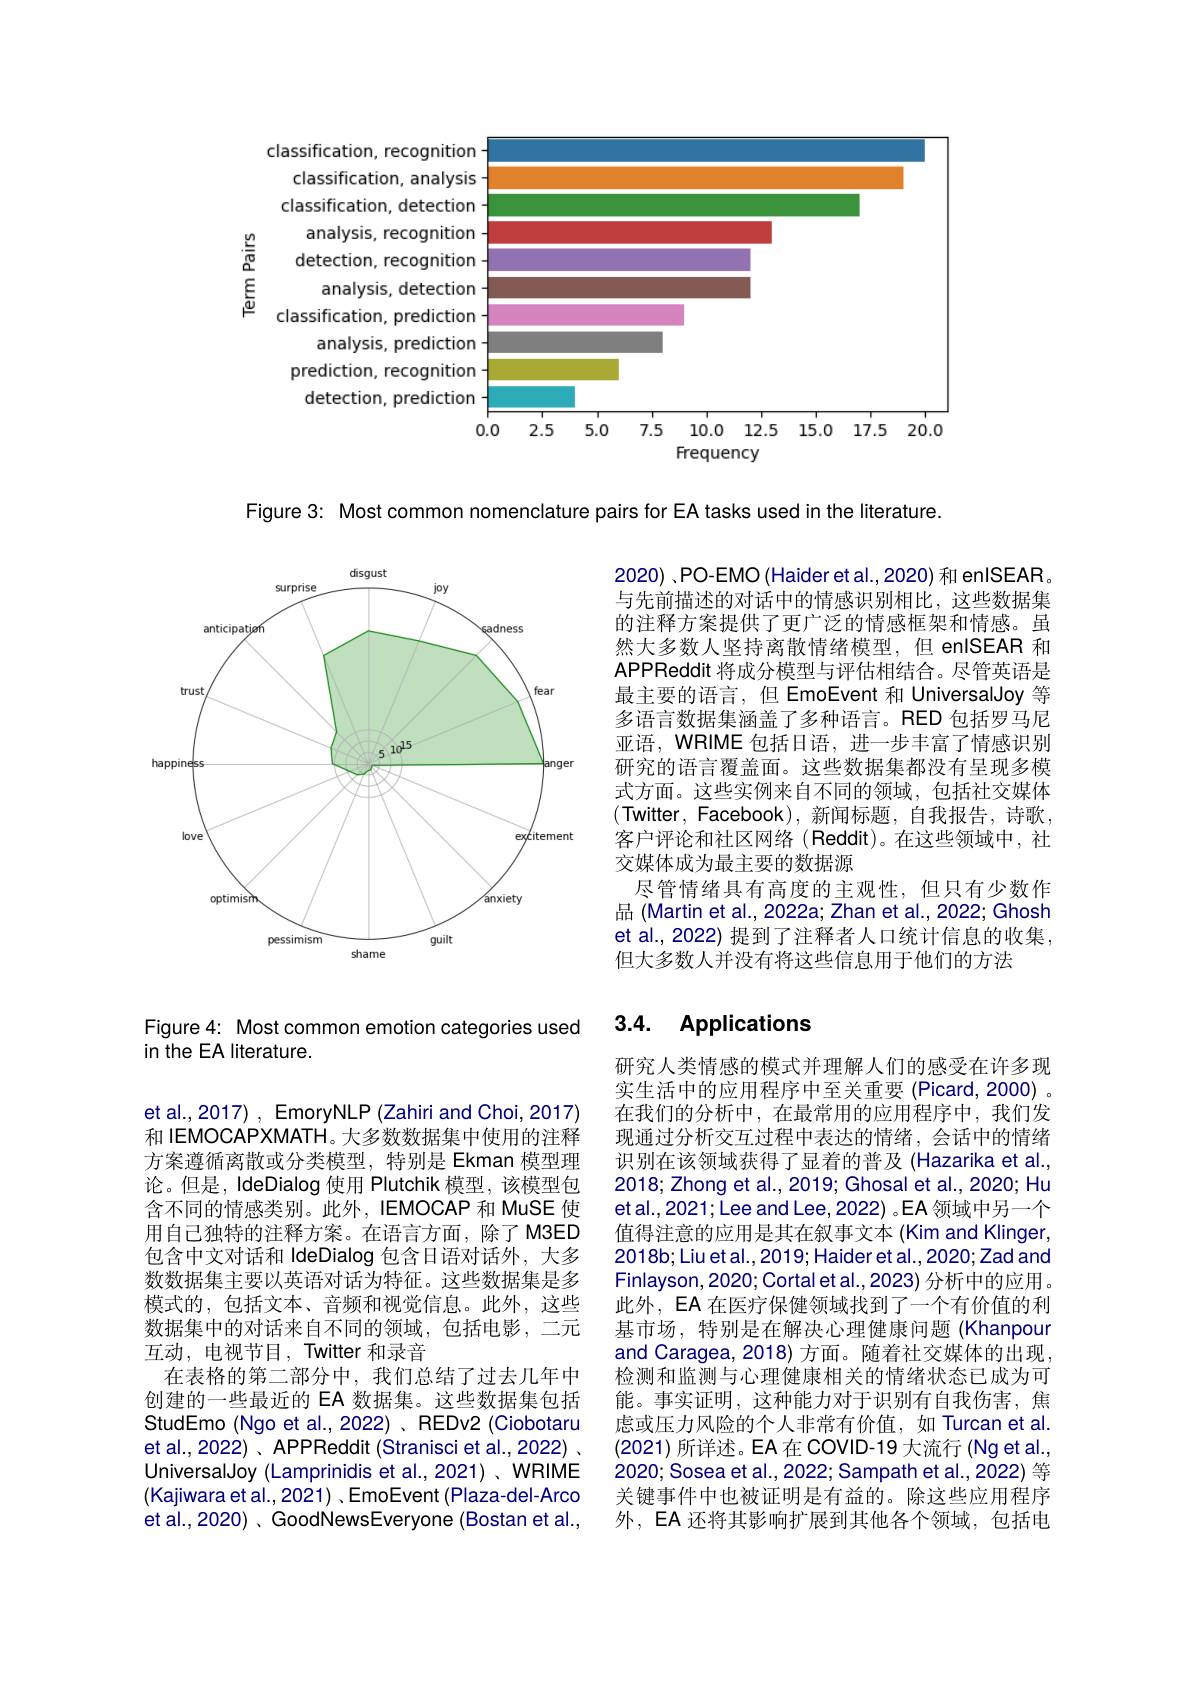
<FigureHere>

Figure 3: Most common nomenclature pairs for EA tasks used in the literature.

2020) ,PO-EMO (Haider et al., 2020) 和 enISEAR。与先前描述的对话中的情感识别相比，这些数据集的注释方案提供了更广泛的情感框架和情感。虽然大多数人坚持离散情绪模型，但 enISEAR 和APPReddit 将成分模型与评估相结合。尽管英语是最主要的语言，但 EmoEvent 和 UniversalJoy 等多语言数据集涵盖了多种语言。RED 包括罗马尼亚语，WRIME 包括日语，进一步丰富了情感识别研究的语言覆盖面。这些数据集都没有呈现多模式方面。这些实例来自不同的领域，包括社交媒体(Twitter,Facebook),新闻标题，自我报告，诗歌， 客户评论和社区网络(Reddit)。在这些领域中，社交媒体成为最主要的数据源
尽管情绪具有高度的主观性，但只有少数作品 (Martin et al., 2022a; Zhan et al., 2022; Ghosh et al., 2022) 提到了注释者人口统计信息的收集， 但大多数人并没有将这些信息用于他们的方法

<FigureHere>

## 3.4. Applications

Figure 4: Most common emotion categories used
in the EA literature.

研究人类情感的模式并理解人们的感受在许多现实生活中的应用程序中至关重要 (Picard,2000)。在我们的分析中，在最常用的应用程序中，我们发现通过分析交互过程中表达的情绪，会话中的情绪识别在该领域获得了显着的普及(Hazarika et al., 2018; Zhong et al., 2019; Ghosal et al., 2020; Hu etal.,2021;Lee and Lee,2022) 。EA 领域中另一个值得注意的应用是其在叙事文本(Kim and Klinger, 2018b; Liu et al., 2019; Haider et al., 2020; Zad and Finlayson,2020;Cortalet al.,2023) 分析中的应用。此外，EA 在医疗保健领域找到了一个有价值的利基市场，特别是在解决心理健康问题(Khanpour and Caragea, 2018) 方面。随着社交媒体的出现， 检测和监测与心理健康相关的情绪状态已成为可能。事实证明，这种能力对于识别有自我伤害，焦虑或压力风险的个人非常有价值，如 Turcan et al. (2021)所详述。EA 在 COVID-19 大流行 (Ng et al., 2020;Sosea et al., 2022; Sampath et al., 2022) 等关键事件中也被证明是有益的。除这些应用程序外，EA 还将其影响扩展到其他各个领域，包括电

et al., 2017) , EmoryNLP (Zahiri and Choi, 2017) 和 IEMOCAPXMATH。大多数数据集中使用的注释方案遵循离散或分类模型，特别是 Ekman 模型理论。但是，IdeDialog 使用 Plutchik 模型，该模型包含不同的情感类别。此外，IEMOCAP 和 MuSE 使用自己独特的注释方案。在语言方面，除了M3ED 包含中文对话和 IdeDialog 包含日语对话外，大多数数据集主要以英语对话为特征。这些数据集是多模式的，包括文本、音频和视觉信息。此外，这些数据集中的对话来自不同的领域，包括电影，二元互动，电视节目，Twitter 和录音
在表格的第二部分中，我们总结了过去几年中创建的一些最近的 EA 数据集。这些数据集包括StudEmo (Ngo et al., 2022) 、REDv2 (Ciobotaru et al., 2022) 、 APPReddit (Stranisci et al., 2022) . UniversalJoy (Lamprinidis et al., 2021) 、WRIME (Kajiwara et al., 2021) , EmoEvent (Plaza-del-Arco et al., 2020) 、 GoodNewsEveryone (Bostan et al.,